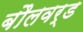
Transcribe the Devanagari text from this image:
बौलवर्ड